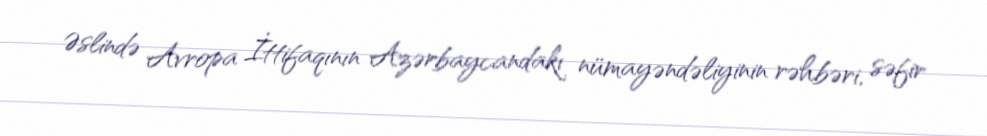
Əslində Avropa İttifaqının Azərbaycandakı nümayəndəliyinin rəhbəri, səfir